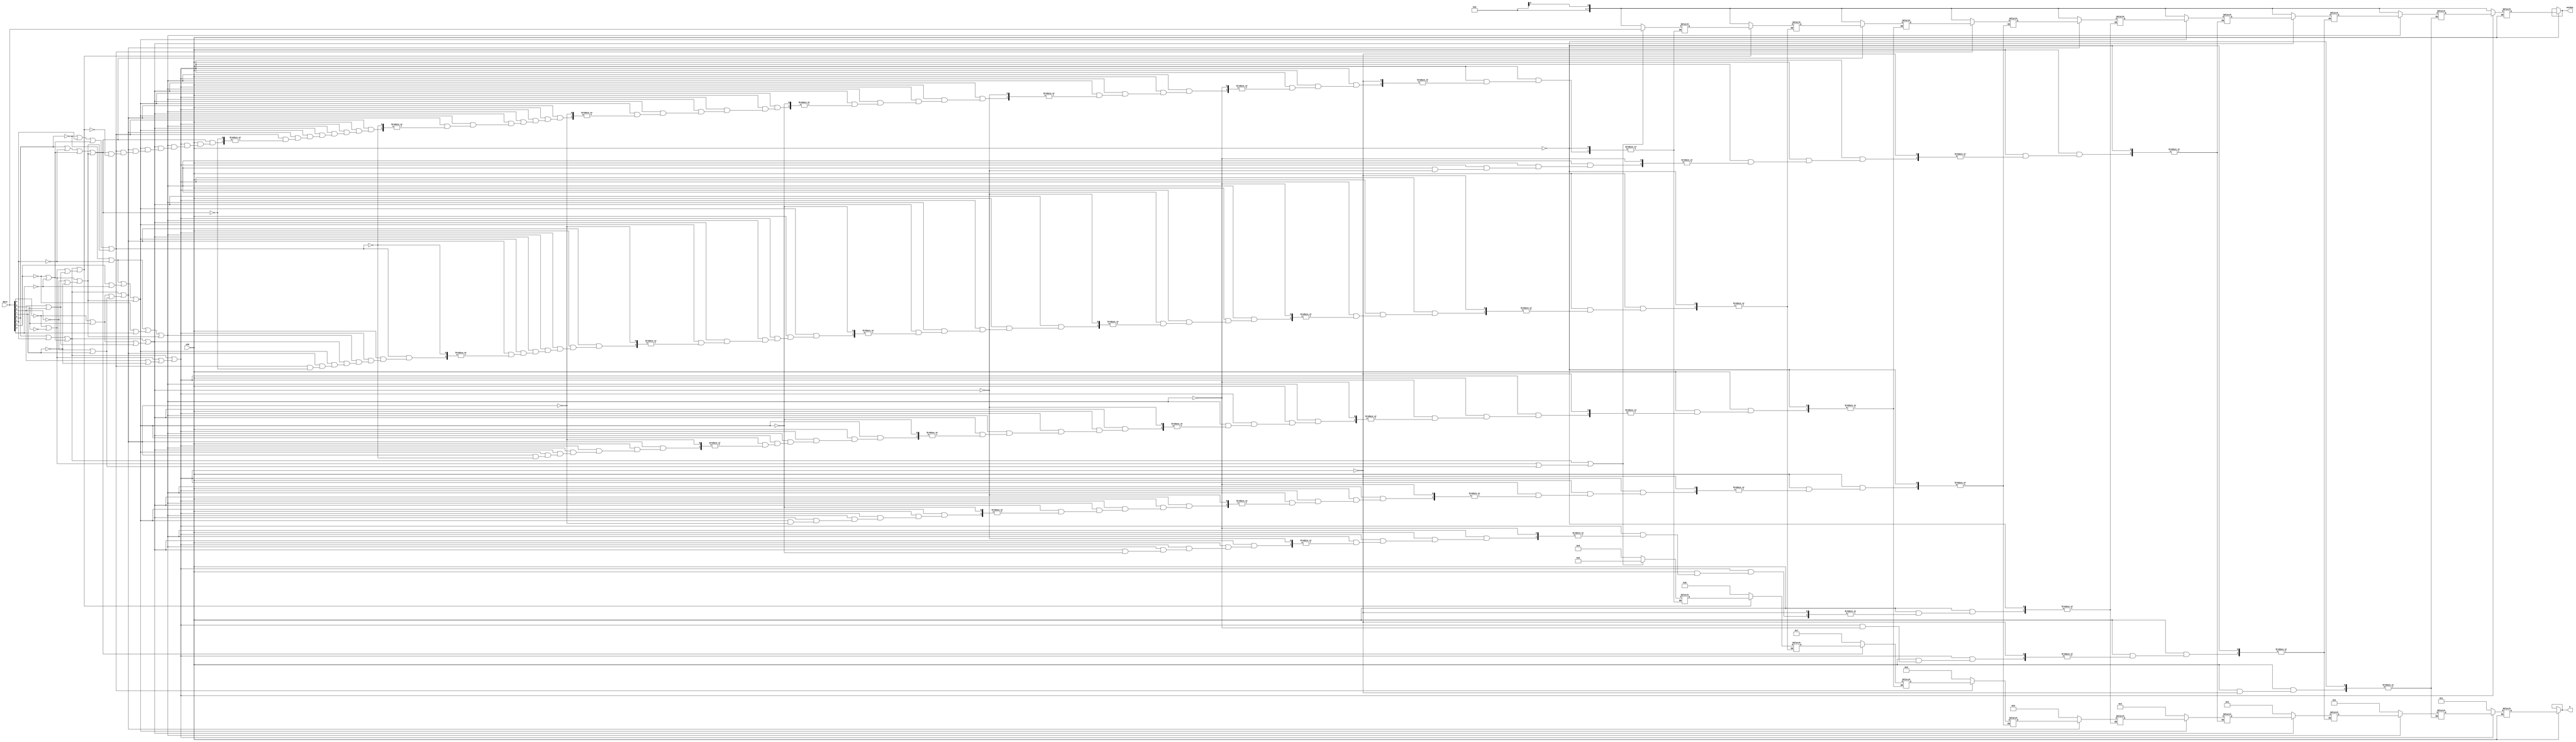
/* Generated by Yosys 0.7+281 (git sha1 d38a64b, gcc 4.9.2-10 -fPIC -Os) */

module deMux(data, enb, S, outmux);
  reg [3:0] _000_;
  reg [7:0] _001_;
  reg [3:0] _002_;
  reg [7:0] _003_;
  reg [3:0] _004_;
  reg [7:0] _005_;
  reg [3:0] _006_;
  reg [7:0] _007_;
  reg [3:0] _008_;
  reg [7:0] _009_;
  reg [3:0] _010_;
  reg [7:0] _011_;
  reg [3:0] _012_;
  reg [7:0] _013_;
  reg [3:0] _014_;
  reg [7:0] _015_;
  reg [3:0] _016_;
  reg [7:0] _017_;
  reg [3:0] _018_;
  reg [7:0] _019_;
  reg [3:0] _020_;
  reg [7:0] _021_;
  wire [3:0] _022_;
  wire [1:0] _023_;
  wire _024_;
  wire [3:0] _025_;
  wire [1:0] _026_;
  wire _027_;
  wire [3:0] _028_;
  wire [1:0] _029_;
  wire _030_;
  wire [3:0] _031_;
  wire [1:0] _032_;
  wire _033_;
  wire [3:0] _034_;
  wire [1:0] _035_;
  wire _036_;
  wire [3:0] _037_;
  wire [1:0] _038_;
  wire _039_;
  wire [3:0] _040_;
  wire [1:0] _041_;
  wire _042_;
  wire [3:0] _043_;
  wire [1:0] _044_;
  wire _045_;
  wire [3:0] _046_;
  wire [1:0] _047_;
  wire _048_;
  wire [7:0] _049_;
  wire [7:0] _050_;
  wire [7:0] _051_;
  wire [7:0] _052_;
  wire [7:0] _053_;
  wire [7:0] _054_;
  wire [7:0] _055_;
  wire [7:0] _056_;
  wire [7:0] _057_;
  wire _058_;
  wire _059_;
  wire _060_;
  wire _061_;
  wire _062_;
  wire _063_;
  wire _064_;
  wire _065_;
  wire _066_;
  wire _067_;
  wire _068_;
  wire _069_;
  wire _070_;
  wire _071_;
  wire _072_;
  wire _073_;
  wire _074_;
  wire _075_;
  output [3:0] S;
  input [7:0] data;
  input enb;
  output [7:0] outmux;
  wire salidaX;
  assign _066_ = _047_[0] | _047_[1];
  assign _022_[1] = _049_[2] | _049_[3];
  assign _022_[2] = _049_[4] | _049_[5];
  assign _023_[0] = _022_[0] | _022_[1];
  assign _023_[1] = _022_[2] | _022_[3];
  assign _058_ = _023_[0] | _023_[1];
  assign _025_[0] = _050_[0] | _050_[1];
  assign _025_[1] = _050_[2] | _050_[3];
  assign _025_[2] = _050_[4] | _050_[5];
  assign _025_[3] = _050_[6] | _050_[7];
  assign _026_[0] = _025_[0] | _025_[1];
  assign _059_ = _026_[0] | _026_[1];
  assign _028_[0] = _051_[0] | _051_[1];
  assign _028_[3] = _051_[6] | _051_[7];
  assign _029_[1] = _028_[2] | _028_[3];
  assign _060_ = _029_[0] | _029_[1];
  assign _031_[0] = _052_[0] | _052_[1];
  assign _032_[0] = _031_[0] | _031_[1];
  assign _061_ = _032_[0] | _032_[1];
  assign _034_[0] = _053_[0] | _053_[1];
  assign _035_[0] = _034_[0] | _034_[1];
  assign _035_[1] = _034_[2] | _034_[3];
  assign _062_ = _035_[0] | _035_[1];
  assign _037_[3] = _054_[6] | _054_[7];
  assign _038_[1] = _037_[2] | _037_[3];
  assign _063_ = _038_[0] | _038_[1];
  assign _041_[1] = _040_[2] | _040_[3];
  assign _064_ = _041_[0] | _041_[1];
  assign _043_[3] = _056_[6] | _056_[7];
  assign _044_[1] = _043_[2] | _043_[3];
  assign _065_ = _044_[0] | _044_[1];
  assign _046_[1] = _057_[2] | _057_[3];
  assign _047_[0] = _046_[0] | _046_[1];
  assign _068_ = ~_066_;
  assign _069_ = ~_058_;
  assign _070_ = ~_059_;
  assign _071_ = ~_060_;
  assign _072_ = ~_061_;
  assign _073_ = ~_062_;
  assign _074_ = ~_063_;
  assign _075_ = ~_064_;
  assign _067_ = ~_065_;
  assign _052_[0] = data[0] ^ 1'h1;
  assign _053_[1] = data[1] ^ 1'h1;
  assign _053_[6] = data[6] ^ 1'h1;
  assign _053_[7] = data[7] ^ 1'h1;
  assign _054_[2] = data[2] ^ 1'h1;
  assign _054_[3] = data[3] ^ 1'h1;
  assign _054_[4] = data[4] ^ 1'h1;
  assign _054_[5] = data[5] ^ 1'h1;
  always @* begin
    _000_ = _004_;
    _001_ = _005_;
    casez (enb)
      1'h1:
        begin
          _004_ = _006_;
          _005_ = _007_;
          casez (_067_)
            1'h1:
              begin
                _006_ = 4'h1;
                _007_ = { 7'h00, salidaX };
              end
            default:
              begin
                _006_ = _008_;
                _007_ = _009_;
                casez (_068_)
                  1'h1:
                    begin
                      _008_ = 4'h2;
                      _009_ = { 7'h00, salidaX };
                    end
                  default:
                    begin
                      _008_ = _010_;
                      _009_ = _011_;
                      casez (_069_)
                        1'h1:
                          begin
                            _010_ = 4'h3;
                            _011_ = { 7'h00, salidaX };
                          end
                        default:
                          begin
                            _010_ = _012_;
                            _011_ = _013_;
                            casez (_070_)
                              1'h1:
                                begin
                                  _012_ = 4'h4;
                                  _013_ = { 7'h00, salidaX };
                                end
                              default:
                                begin
                                  _012_ = _014_;
                                  _013_ = _015_;
                                  casez (_071_)
                                    1'h1:
                                      begin
                                        _014_ = 4'h5;
                                        _015_ = { 7'h00, salidaX };
                                      end
                                    default:
                                      begin
                                        _014_ = _016_;
                                        _015_ = _017_;
                                        casez (_072_)
                                          1'h1:
                                            begin
                                              _016_ = 4'h6;
                                              _017_ = { 7'h00, salidaX };
                                            end
                                          default:
                                            begin
                                              _016_ = _018_;
                                              _017_ = _019_;
                                              casez (_073_)
                                                1'h1:
                                                  begin
                                                    _018_ = 4'h7;
                                                    _019_ = { 7'h00, salidaX };
                                                  end
                                                default:
                                                  begin
                                                    _018_ = _020_;
                                                    _019_ = _021_;
                                                    casez (_074_)
                                                      1'h1:
                                                        begin
                                                          _020_ = 4'h8;
                                                          _021_ = { 7'h00, salidaX };
                                                        end
                                                      default:
                                                        begin
                                                          _020_ = _002_;
                                                          _021_ = _003_;
                                                          casez (_075_)
                                                            1'h1:
                                                              begin
                                                                _002_ = 4'h9;
                                                                _003_ = { 7'h00, salidaX };
                                                              end
                                                            default:
                                                              begin
                                                                _002_ = 4'h0;
                                                                _003_ = data;
                                                              end
                                                          endcase
                                                        end
                                                    endcase
                                                  end
                                              endcase
                                            end
                                        endcase
                                      end
                                  endcase
                                end
                            endcase
                          end
                      endcase
                    end
                endcase
              end
          endcase
        end
      default:
        begin
          _004_ = S;
          _005_ = outmux;
        end
    endcase
  end
  assign S = _000_;
  assign outmux = _001_;
  assign _056_[0] = data[0];
  assign _056_[1] = data[1];
  assign _056_[6] = data[6];
  assign _057_[3] = data[3];
  assign _049_[0] = data[0];
  assign _049_[1] = data[1];
  assign _049_[5] = data[5];
  assign _049_[6] = data[6];
  assign _049_[7] = data[7];
  assign _050_[2] = data[2];
  assign _051_[0] = data[0];
  assign _051_[1] = data[1];
  assign _051_[5] = data[5];
  assign _051_[7] = data[7];
  assign _052_[1] = data[1];
  assign _053_[0] = data[0];
  assign _054_[0] = data[0];
  assign _054_[1] = data[1];
  assign _054_[6] = data[6];
  assign _054_[7] = data[7];
  assign _055_[0] = data[0];
  assign _055_[1] = data[1];
  assign _055_[7] = data[7];
  assign _053_[5] = _054_[5];
  assign _053_[4] = _054_[4];
  assign _053_[3] = _054_[3];
  assign _053_[2] = _054_[2];
  assign _052_[6] = _053_[6];
  assign _052_[5] = _054_[5];
  assign _052_[4] = _054_[4];
  assign _052_[3] = _054_[3];
  assign _052_[2] = _054_[2];
  assign _052_[7] = _053_[7];
  assign _051_[6] = _053_[6];
  assign _051_[4] = _054_[4];
  assign _051_[3] = _054_[3];
  assign _051_[2] = _054_[2];
  assign _055_[2] = _054_[2];
  assign _055_[3] = _054_[3];
  assign _037_[0] = _028_[0];
  assign _050_[6] = _053_[6];
  assign _050_[5] = _054_[5];
  assign _050_[4] = _054_[4];
  assign _050_[3] = _054_[3];
  assign _055_[4] = _054_[4];
  assign _050_[1] = _053_[1];
  assign _050_[0] = _052_[0];
  assign _050_[7] = _053_[7];
  assign _022_[3] = _037_[3];
  assign _022_[0] = _028_[0];
  assign _055_[6] = _053_[6];
  assign _049_[4] = _054_[4];
  assign _049_[3] = _054_[3];
  assign _049_[2] = _054_[2];
  assign _040_[0] = _028_[0];
  assign _040_[1] = _037_[1];
  assign _055_[5] = _054_[5];
  assign _057_[6] = _053_[6];
  assign _057_[5] = _054_[5];
  assign _057_[4] = _054_[4];
  assign _040_[2] = _037_[2];
  assign _057_[2] = _054_[2];
  assign _057_[1] = _053_[1];
  assign _057_[0] = _052_[0];
  assign _057_[7] = _053_[7];
  assign _043_[0] = _028_[0];
  assign _056_[5] = _054_[5];
  assign _056_[4] = _054_[4];
  assign _056_[3] = _054_[3];
  assign _056_[2] = _054_[2];
  assign _056_[7] = _053_[7];
  assign _031_[3] = _025_[3];
  assign _031_[2] = _025_[2];
  assign _031_[1] = _022_[1];
  assign _037_[1] = _022_[1];
  assign _046_[3] = _025_[3];
  assign _046_[2] = _025_[2];
  assign _046_[0] = _025_[0];
  assign _037_[2] = _025_[2];
  assign _034_[3] = _025_[3];
  assign _028_[2] = _022_[2];
  assign _028_[1] = _022_[1];
  assign _043_[2] = _025_[2];
  assign _043_[1] = _022_[1];
  assign _040_[3] = _028_[3];
  assign _034_[2] = _025_[2];
  assign _034_[1] = _022_[1];
  assign _041_[0] = _023_[0];
  assign _038_[0] = _023_[0];
  assign _047_[1] = _035_[1];
  assign _026_[1] = _035_[1];
  assign _029_[0] = _023_[0];
  assign _044_[0] = _023_[0];
  assign _032_[1] = _035_[1];
endmodule